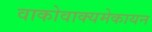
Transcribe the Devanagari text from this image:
वाकोवाक्यमेकायन